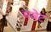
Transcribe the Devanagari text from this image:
पवेट